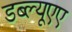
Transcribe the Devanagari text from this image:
डब्ल्यूएए